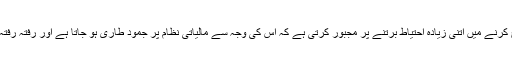
اس چکر میں آئی ایم ایف حکومتوں کو خرچ کرنے میں اتنی زیادہ احتیاط برتنے پر مجبور کرتی ہے کہ اس کی وجہ سے مالیاتی نظام پر جمود طاری ہو جاتا ہے اور رفتہ رفتہ معاشی ترقی کی رفتار سست پڑ جاتی ہے۔